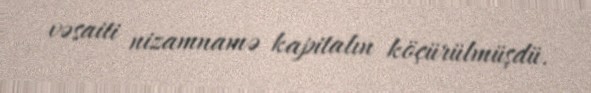
vəsaiti nizamnamə kapitalın köçürülmüşdü.